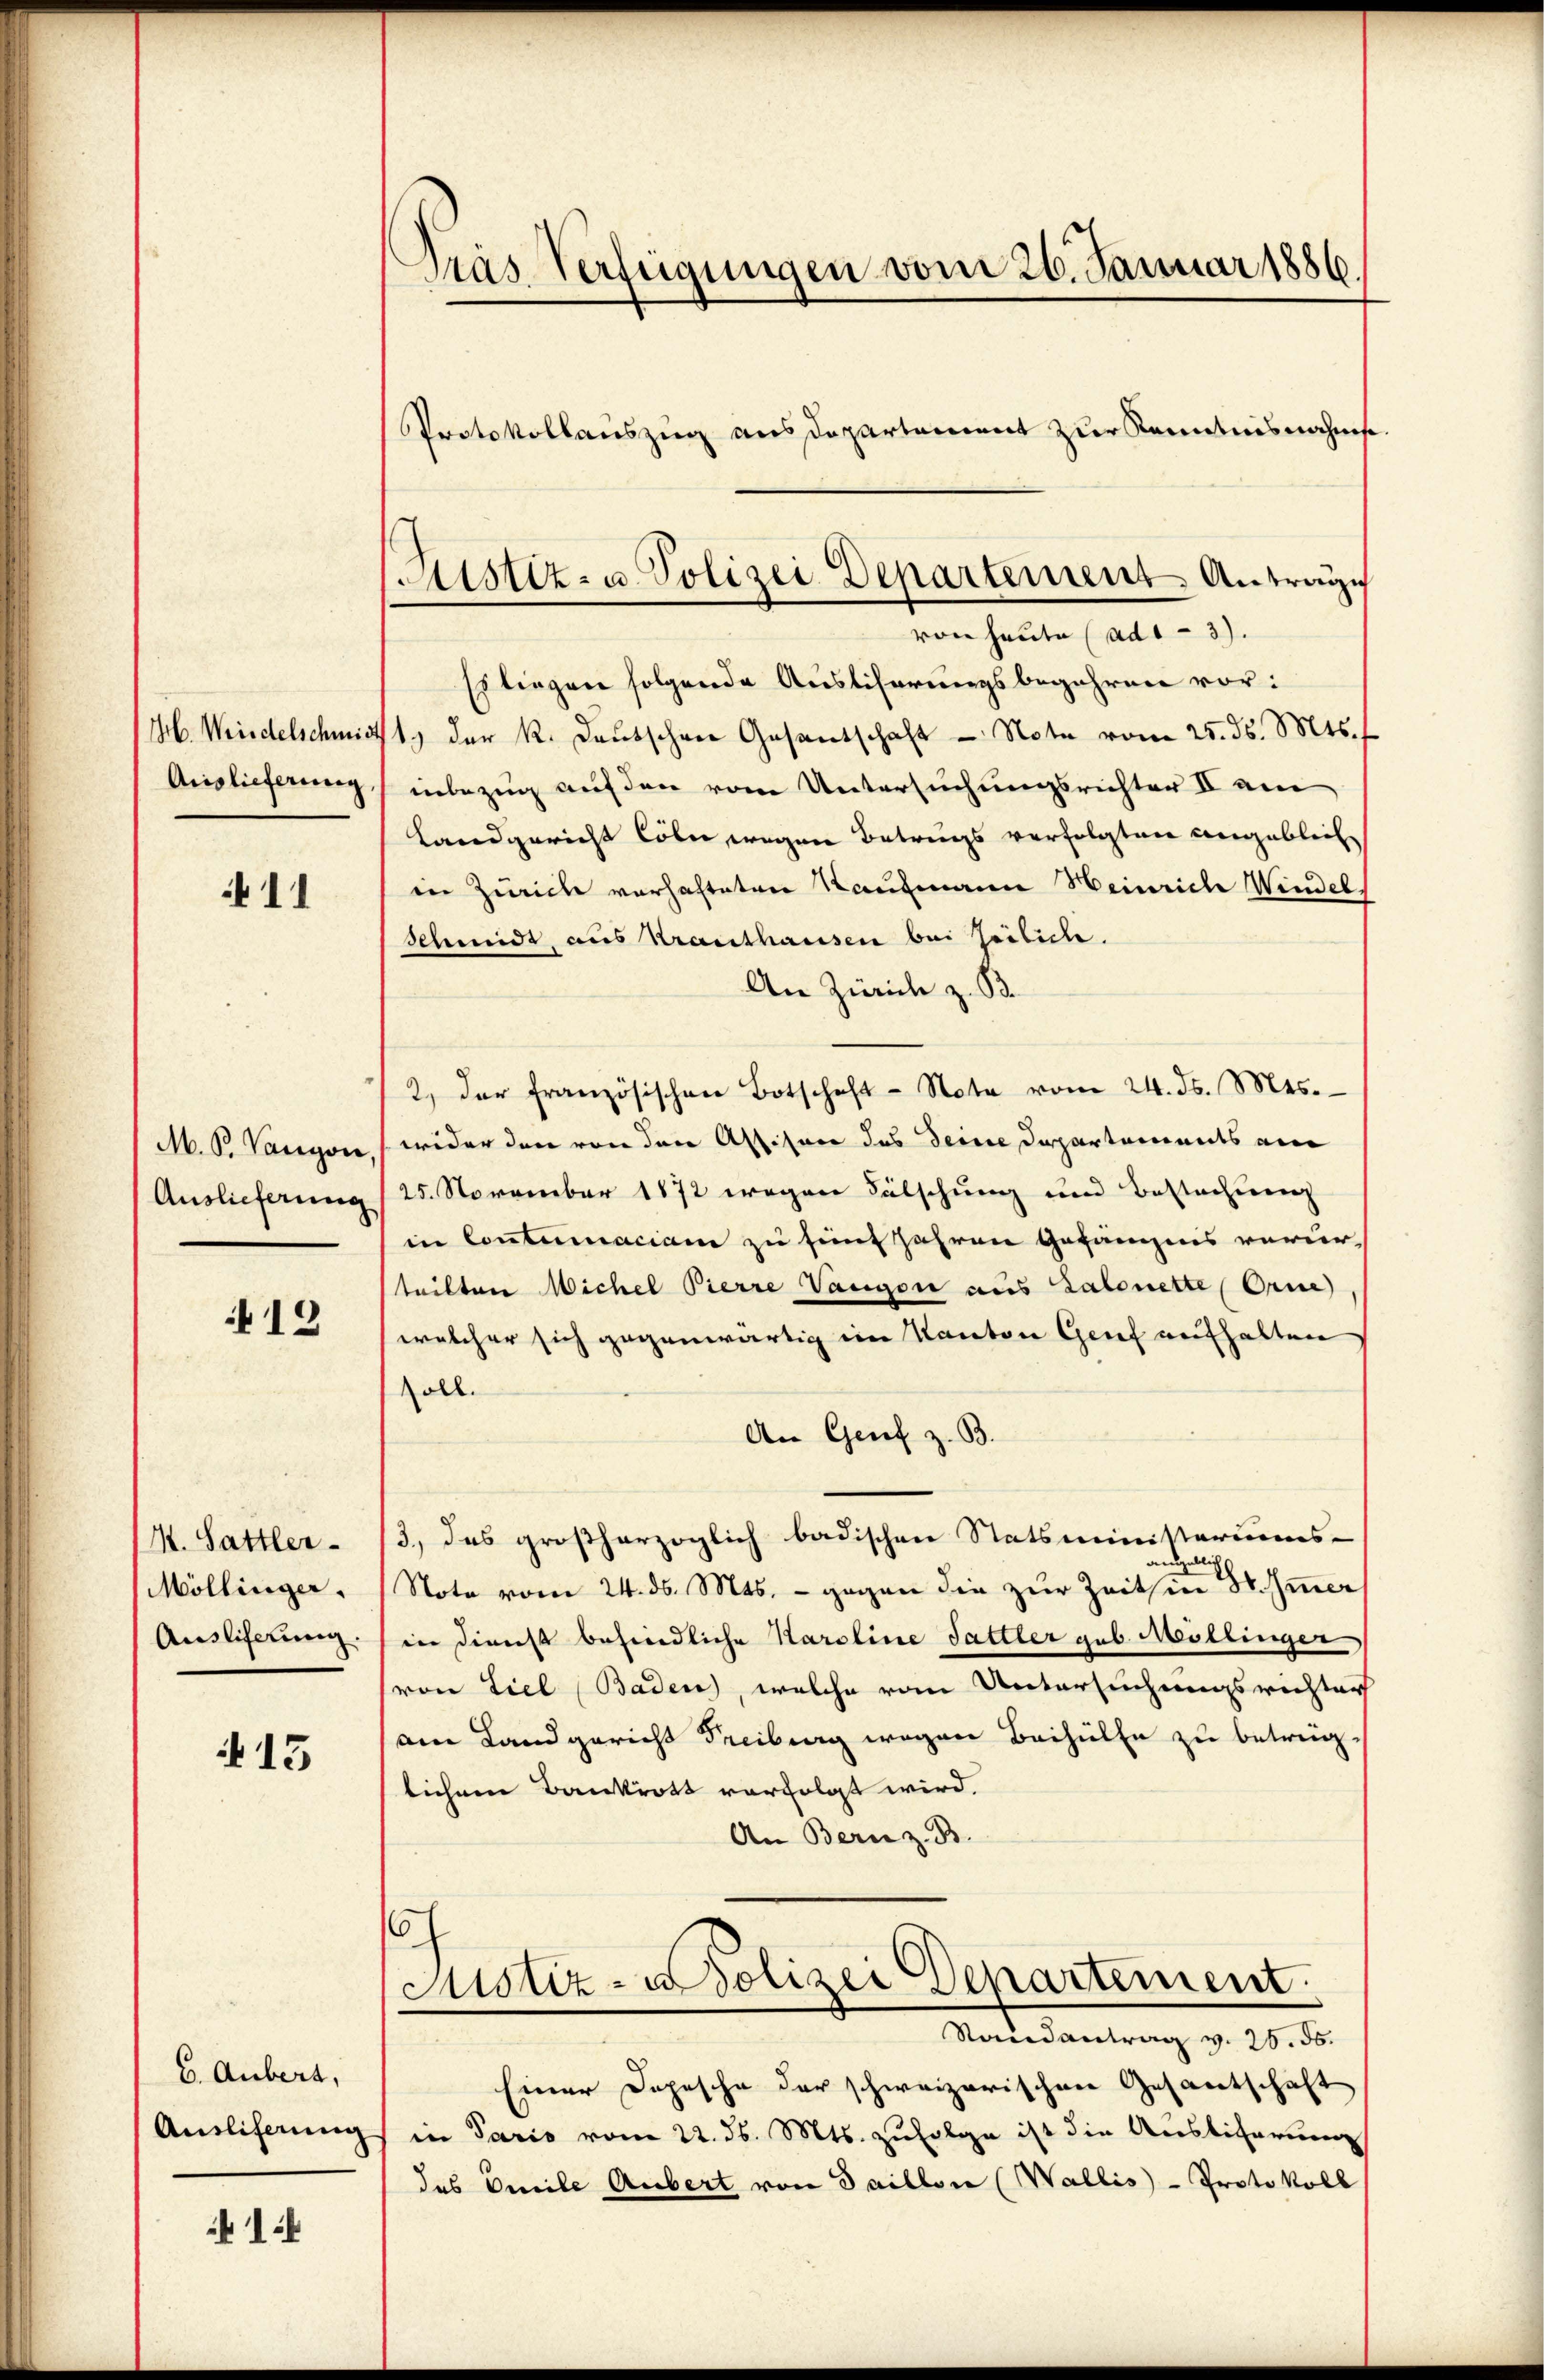
Gb. Weidelschmidt
Arislieferung

11

M. B. Vanyon,
Auslieferung

19

M. Sattler-
Möllinger.
Auslieferung.

415

6. Aubert,
Ansliserung

1

Tras Verfügungen vom 26. Januar 1886.

Es liegen folgende Auslicherungsbegehren vor:
1.) der K. Deutschen Gesantschaft - Note vom 25. d. Mts.
inbezug auf den vom Untersuchungsrichter II am
Landgericht Cöln wegen Betrugs verfolgten angeblich
in Zürich verhafteten Kaufmann Heinriche Windels
Schmidt, aus Krauthausen bei Geiliche.
An Zürich z. B.
2. der französischen Botschaft-Note vom 24. ds. Mts.
wider den von den Assison des Deine Departements ein
25. November 1872 wegen Fälschung und Bestachung
in Contumaciam zu fünf Jahren Gefängnis verur-
teilten Michel Pierre Vaugon aus Zalonette Orie
welcher sich gegenwärtig im Kanton Genf aufhalten
soll.
An Genf z. B.
3.) das großherzoglich badischen Statsministeriums-
Note vom 24. ds. Mts. - gegen die zur Zeit sind hier
in Dienst befindliche Karoline Sattler geb. Meillinger
(von Ziel Baden, welche vom Untersuchungsrichter
am Landgericht Freiberg wegen Beihülfe zu betrug
lichen Bankrott verfolgt wird.
An Bern z. B.
6
Astiz-Polizei Departement.
Randantrag v. 26. ds.
Einer Dopesche der schweizerischen Gesantschaft
in Paris vom 22. ds. Mts. zufolge ist die Auslieferung
des Omeile Anbert von Saillon (Wallis - Protokoll

Protokollauszug aus Departement zur Kenntnisnahms

Ristiz- u. Polizei Departement Antrage
von heute (ad13).